Document type: Emphyteutic lease
Year: 1473
Scribe: [Unknown]
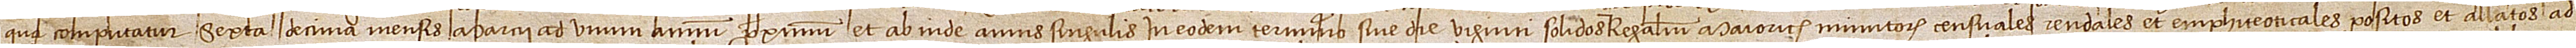
qua computatur sexta decima mensis marcii ad unum annum proximum, et ab inde annis singulis in eodem terminio sive die, viginti solidos regalium Maioricarum minutorum censuales, rendales et emphiteoticales, positos et allatos ad